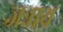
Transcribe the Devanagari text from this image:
जन्नाथ